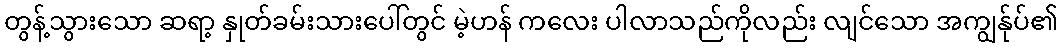
တွန့်သွားသော ဆရာ့ နှုတ်ခမ်းသားပေါ်တွင် မဲ့ဟန် ကလေး ပါလာသည်ကိုလည်း လျင်သော အကျွန်ုပ်၏